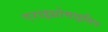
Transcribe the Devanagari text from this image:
एराइथ्रोमाइसिन